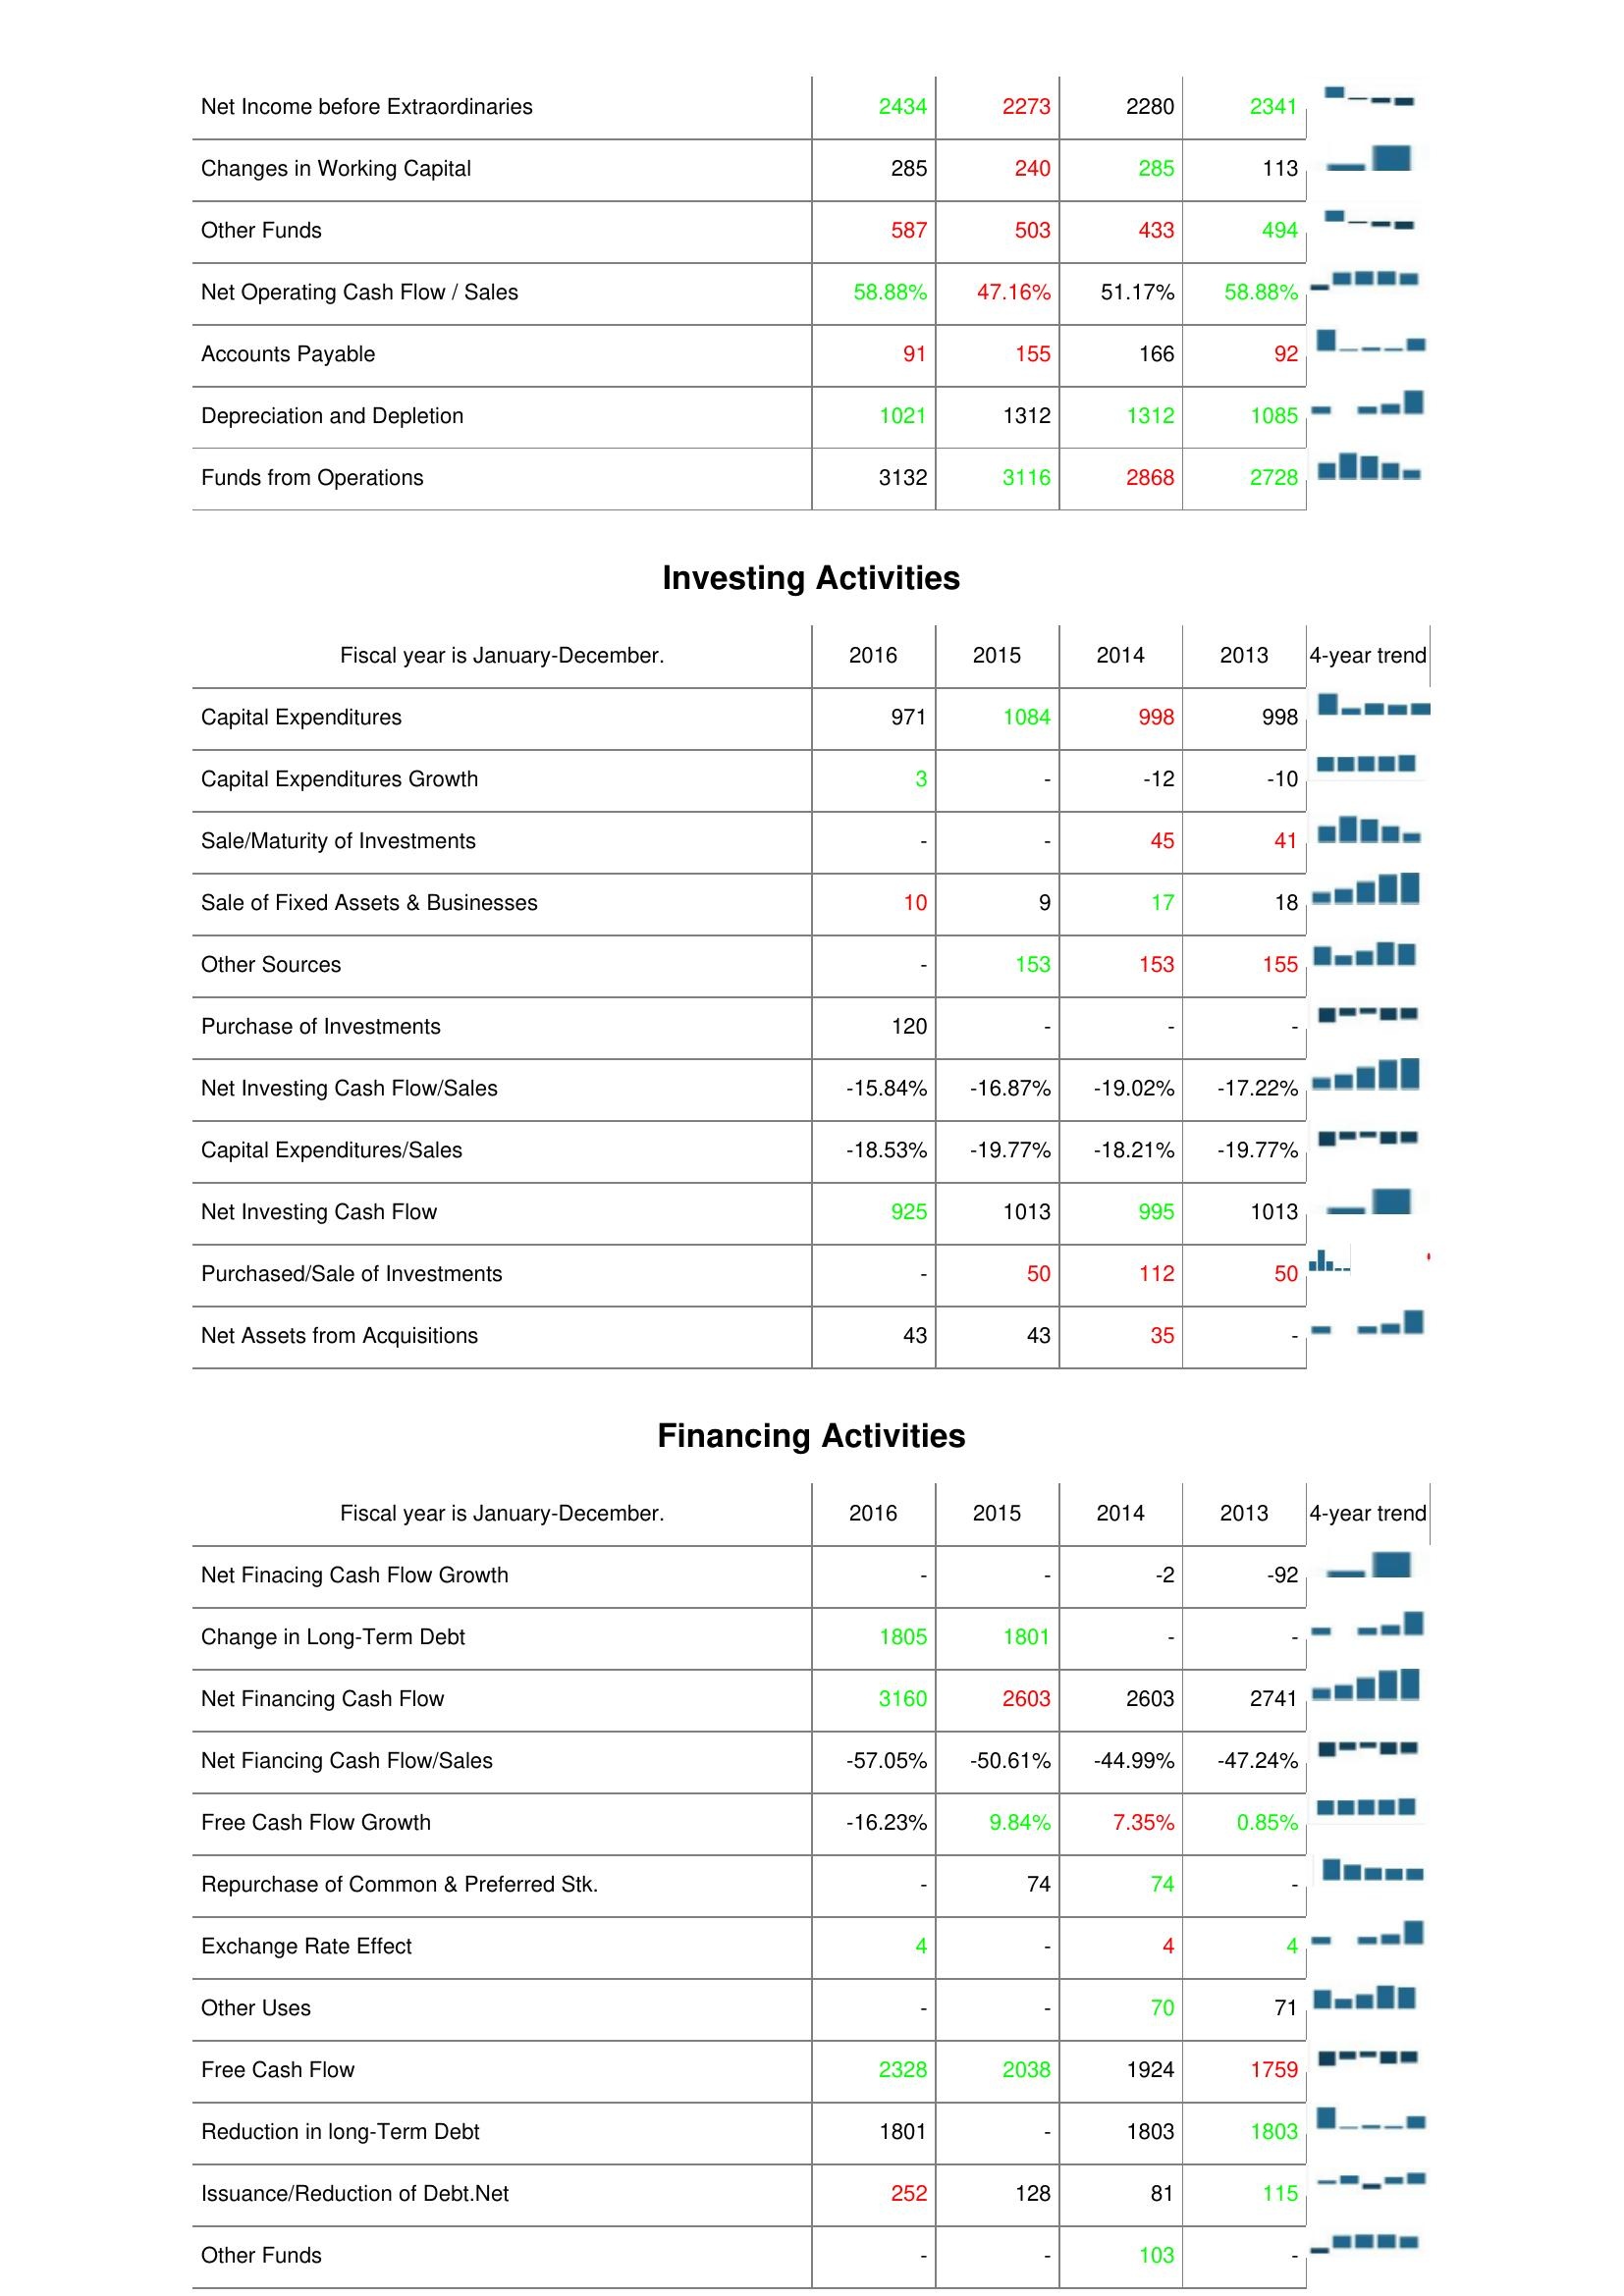
2016: Operating Activities: Net Income before Extraordinaries: 2434
Changes in Working Capital: 285
Other Funds: 587
Net Operating Cash Flow / Sales: 58.88%
Accounts Payable: 91
Depreciation and Depletion: 1021
Funds from Operations: 3132
Investing Activities: Capital Expenditures: 971
Capital Expenditures Growth: 3
Sale/Maturity of Investments: -
Sale of Fixed Assets & Businesses: 10
Other Sources: -
Purchase of Investments: 120
Net Investing Cash Flow/Sales: -15.84%
Capital Expenditures/Sales: -18.53%
Net Investing Cash Flow: 925
Purchased/Sale of Investments: -
Net Assets from Acquisitions: 43
Financing Activities: Net Finacing Cash Flow Growth: -
Change in Long-Term Debt: 1805
Net Financing Cash Flow: 3160
Net Fiancing Cash Flow/Sales: -57.05%
Free Cash Flow Growth: -16.23%
Repurchase of Common & Preferred Stk.: -
Exchange Rate Effect: 4
Other Uses: -
Free Cash Flow: 2328
Reduction in long-Term Debt: 1801
Issuance/Reduction of Debt.Net: 252
Other Funds: -
2015: Operating Activities: Net Income before Extraordinaries: 2273
Changes in Working Capital: 240
Other Funds: 503
Net Operating Cash Flow / Sales: 47.16%
Accounts Payable: 155
Depreciation and Depletion: 1312
Funds from Operations: 3116
Investing Activities: Capital Expenditures: 1084
Capital Expenditures Growth: -
Sale/Maturity of Investments: -
Sale of Fixed Assets & Businesses: 9
Other Sources: 153
Purchase of Investments: -
Net Investing Cash Flow/Sales: -16.87%
Capital Expenditures/Sales: -19.77%
Net Investing Cash Flow: 1013
Purchased/Sale of Investments: 50
Net Assets from Acquisitions: 43
Financing Activities: Net Finacing Cash Flow Growth: -
Change in Long-Term Debt: 1801
Net Financing Cash Flow: 2603
Net Fiancing Cash Flow/Sales: -50.61%
Free Cash Flow Growth: 9.84%
Repurchase of Common & Preferred Stk.: 74
Exchange Rate Effect: -
Other Uses: -
Free Cash Flow: 2038
Reduction in long-Term Debt: -
Issuance/Reduction of Debt.Net: 128
Other Funds: -
2014: Operating Activities: Net Income before Extraordinaries: 2280
Changes in Working Capital: 285
Other Funds: 433
Net Operating Cash Flow / Sales: 51.17%
Accounts Payable: 166
Depreciation and Depletion: 1312
Funds from Operations: 2868
Investing Activities: Capital Expenditures: 998
Capital Expenditures Growth: -12
Sale/Maturity of Investments: 45
Sale of Fixed Assets & Businesses: 17
Other Sources: 153
Purchase of Investments: -
Net Investing Cash Flow/Sales: -19.02%
Capital Expenditures/Sales: -18.21%
Net Investing Cash Flow: 995
Purchased/Sale of Investments: 112
Net Assets from Acquisitions: 35
Financing Activities: Net Finacing Cash Flow Growth: -2
Change in Long-Term Debt: -
Net Financing Cash Flow: 2603
Net Fiancing Cash Flow/Sales: -44.99%
Free Cash Flow Growth: 7.35%
Repurchase of Common & Preferred Stk.: 74
Exchange Rate Effect: 4
Other Uses: 70
Free Cash Flow: 1924
Reduction in long-Term Debt: 1803
Issuance/Reduction of Debt.Net: 81
Other Funds: 103
2013: Operating Activities: Net Income before Extraordinaries: 2341
Changes in Working Capital: 113
Other Funds: 494
Net Operating Cash Flow / Sales: 58.88%
Accounts Payable: 92
Depreciation and Depletion: 1085
Funds from Operations: 2728
Investing Activities: Capital Expenditures: 998
Capital Expenditures Growth: -10
Sale/Maturity of Investments: 41
Sale of Fixed Assets & Businesses: 18
Other Sources: 155
Purchase of Investments: -
Net Investing Cash Flow/Sales: -17.22%
Capital Expenditures/Sales: -19.77%
Net Investing Cash Flow: 1013
Purchased/Sale of Investments: 50
Net Assets from Acquisitions: -
Financing Activities: Net Finacing Cash Flow Growth: -92
Change in Long-Term Debt: -
Net Financing Cash Flow: 2741
Net Fiancing Cash Flow/Sales: -47.24%
Free Cash Flow Growth: 0.85%
Repurchase of Common & Preferred Stk.: -
Exchange Rate Effect: 4
Other Uses: 71
Free Cash Flow: 1759
Reduction in long-Term Debt: 1803
Issuance/Reduction of Debt.Net: 115
Other Funds: -